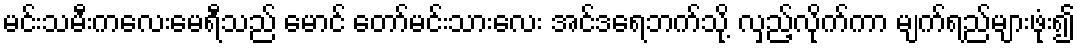
မင်းသမီးကလေးမေရီသည် မောင် တော်မင်းသားလေး အင်ဒရေဘက်သို့ လှည့်လိုက်ကာ မျက်ရည်များဖုံး၍